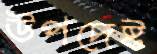
উপদেষ্ট